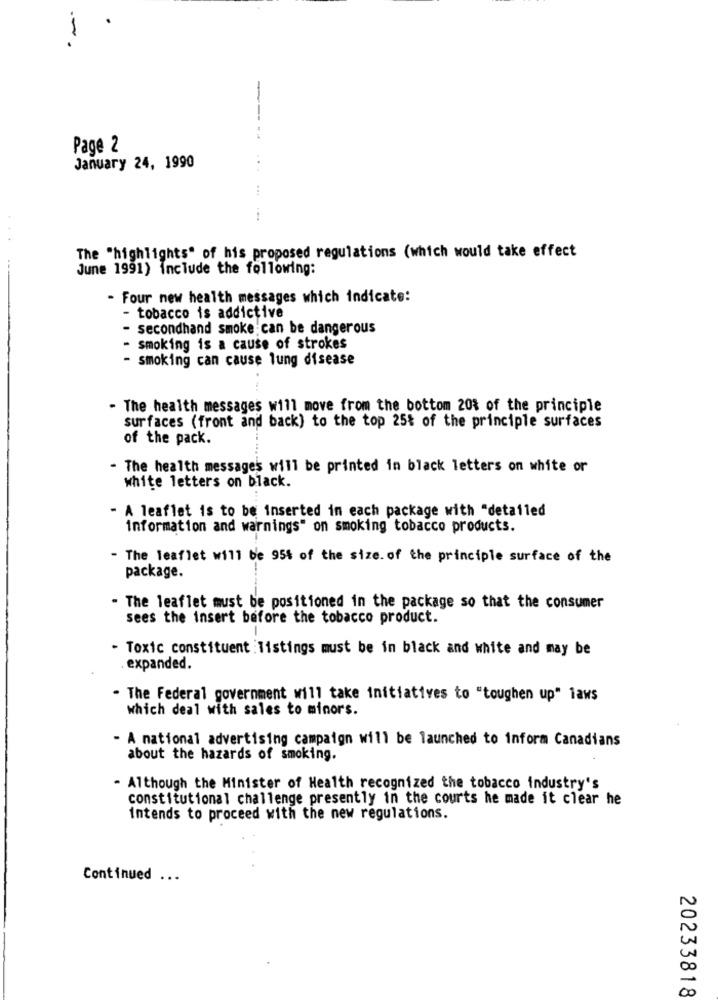
---
Page 2
January 24, 1990
...
:
The "highlights" of his proposed regulations (which would take effect
June 1991) include the following:
- Four new health messages which indicate:
- tobacco is addictive
- secondhand smoke can be dangerous
- smoking is a cause of strokes
- smoking can cause lung disease
- The health messages will move from the bottom 20% of the principle
surfaces (front and back) to the top 25% of the principle surfaces
of the pack.
- The health messages will be printed in black letters on white or
white letters on black.
- A leaflet is to be inserted in each package with "detailed
information and warnings" on smoking tobacco products.
- The leaflet will be 95% of the size. of the principle surface of the
package.
- The leaflet must be positioned in the package so that the consumer
sees the insert before the tobacco product.
- Toxic constituent : listings must be in black and white and may be
expanded.
. The Federal government will take initiatives to "toughen up" laws
which deal with sales to minors.
- A national advertising campaign will be launched to inform Canadians
about the hazards of smoking.
- Although the Minister of Health recognized the tobacco industry's
constitutional challenge presently in the courts he made it clear he
intends to proceed with the new regulations.
Continued ...
20233818